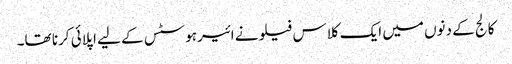
کالج کے دنوں میں ایک کلاس فیلو نے ائیرہوسٹس کے لیے اپلائی کرنا تھا۔